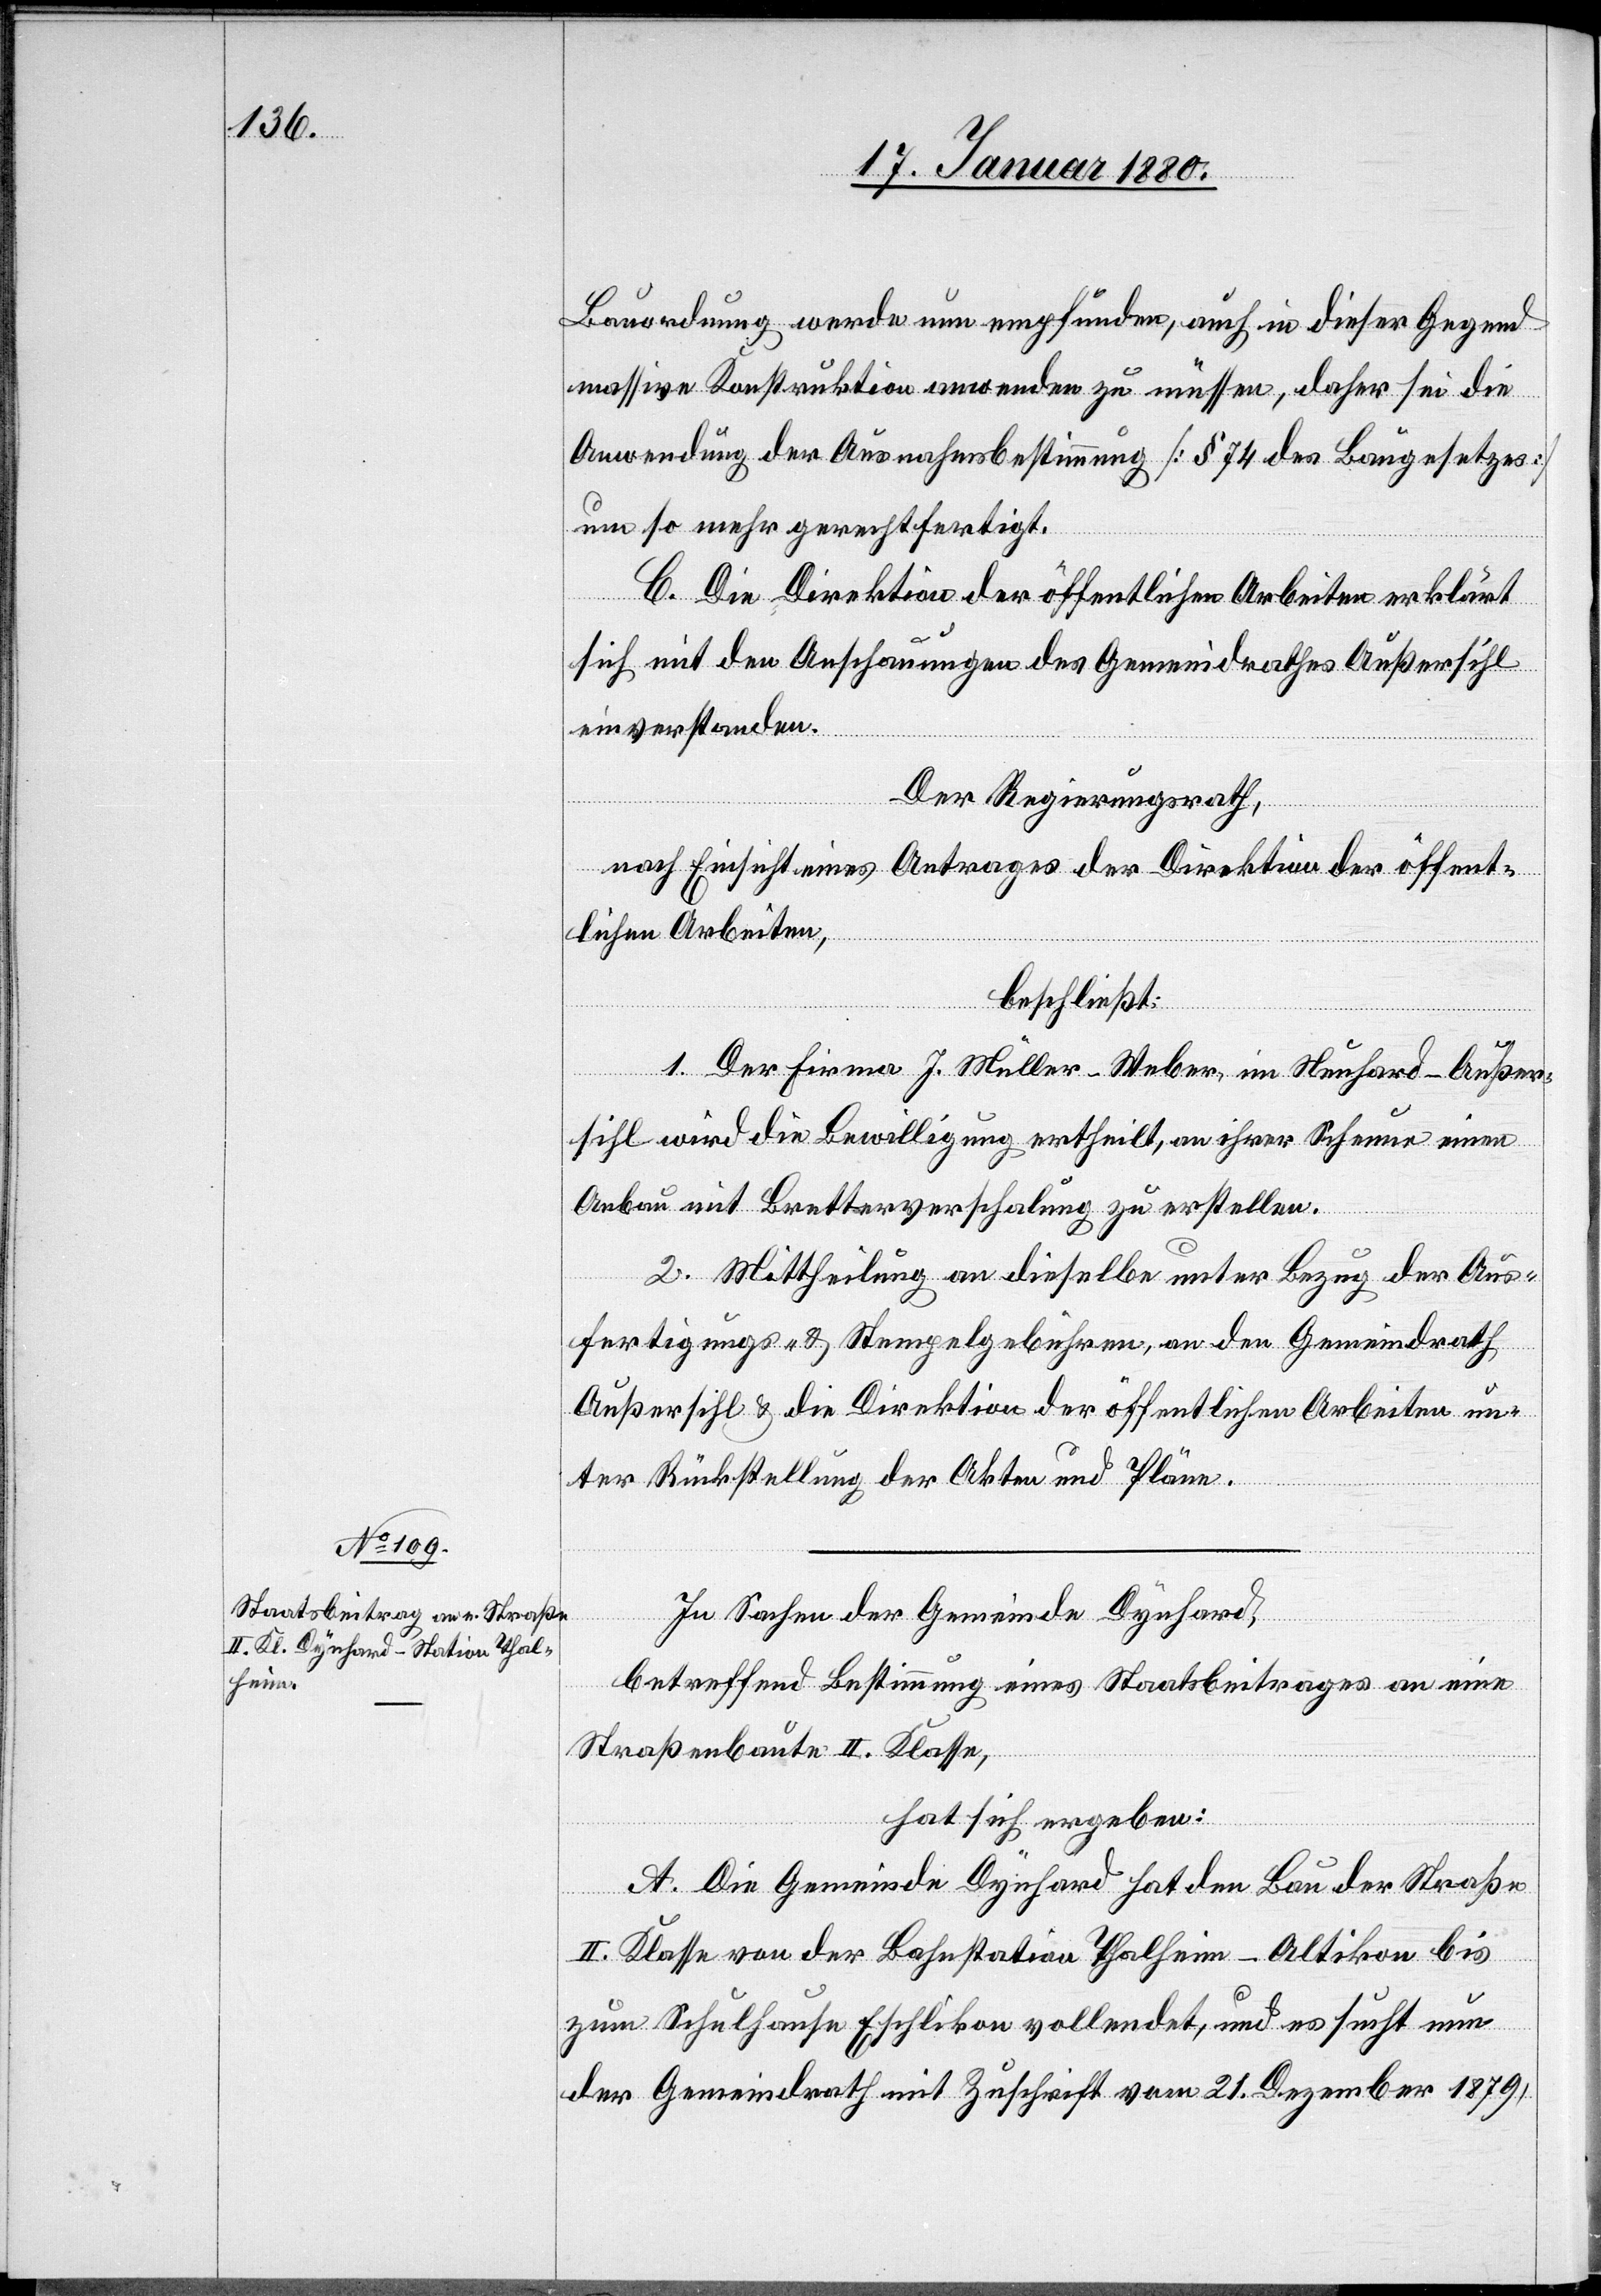
Bauordnung werde nun empfunden, auch in dieser Gegend
massive Konstruktion anwenden zu müssen, daher sei die
Anwendung der Ausnahmsbestimmung [§ 74 des Baugesetzes]
um so mehr gerechtfertigt.
C. Die Direktion der öffentlichen Arbeiten erklärt
sich mit den Anschauungen des Gemeindrathes Außersihl
einverstanden.
Der Regierungsrath;
nach Einsicht eines Antrages der Direktion der öffent¬
lichen Arbeiten,
beschließt:
1. Der Firma J. Müller Weber in Neuhard - Außer¬
sihl wird die Bewilligung ertheilt, an ihrer Scheune einen
Anbau mit Bretterverschalung zu erstellen.
2. Mittheilung an dieselbe unter Bezug der Aus¬
fertigungs- & Stempelgebühren, an den Gemeindrath
Außersihl & die Direktion der öffentlichen Arbeiten un¬
ter Rückstellung der Akten und Pläne.
In Sachen der Gemeinde Dynhard,
betreffend Bestimmung eines Staatsbeitrages an eine
Straßenbaute II. Klasse,
hat sich ergeben:
A. Die Gemeinde Dynhard hat den Bau der Straße
II. Klasse von der Bahnstation Thalheim-Altikon bis
zum Schulhause Eschlikon vollendet, und es sucht nun
der Gemeindrath mit Zuschrift vom 21. Dezember 1879,